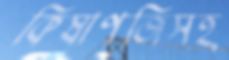
কিষাণজিসহ